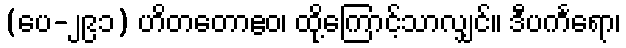
(ပေ-၂၉၁) ဟိတတောဧဝ၊ ထို့ကြောင့်သာလျှင်။ ဒီပင်္ကရော၊